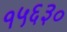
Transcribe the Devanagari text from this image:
१५६३०